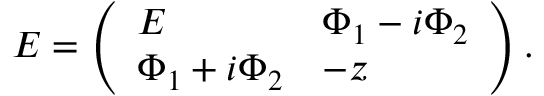
{ \cal E } = \left( \begin{array} { l l } { { E } } & { { \Phi _ { 1 } - i \Phi _ { 2 } } } \\ { { \Phi _ { 1 } + i \Phi _ { 2 } } } & { { - z } } \end{array} \right) .